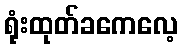
ရုံးထုတ်ခကေလေ့